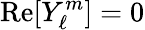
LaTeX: {\mathrm{Re}}[Y_{\ell}^{m}]=0